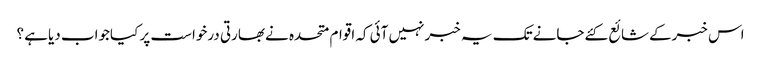
اس خبرکےشائع کئےجانےتک یہ خبرنہیں آئی کہ اقوام متحدہ نےبھارتی درخواست پر کیاجواب دیاہے ؟